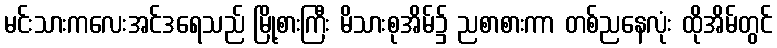
မင်းသားကလေးအင်ဒရေသည် မြို့စားကြီး မိသားစုအိမ်၌ ညစာစားကာ တစ်ညနေလုံး ထိုအိမ်တွင်